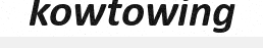
kowtowing